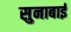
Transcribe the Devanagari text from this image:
सुनाबाई